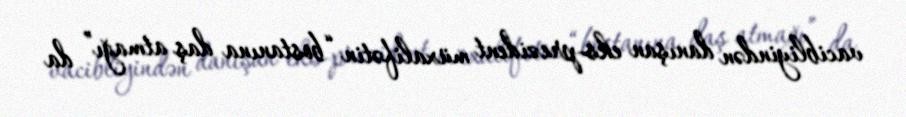
vacibliyindən danışan eks-prezident müxalifətin “bostanına daş atmağı” da